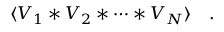
\langle V _ { 1 } \ast V _ { 2 } \ast \dots \ast V _ { N } \rangle \quad .